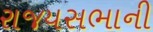
રાજયસભાની